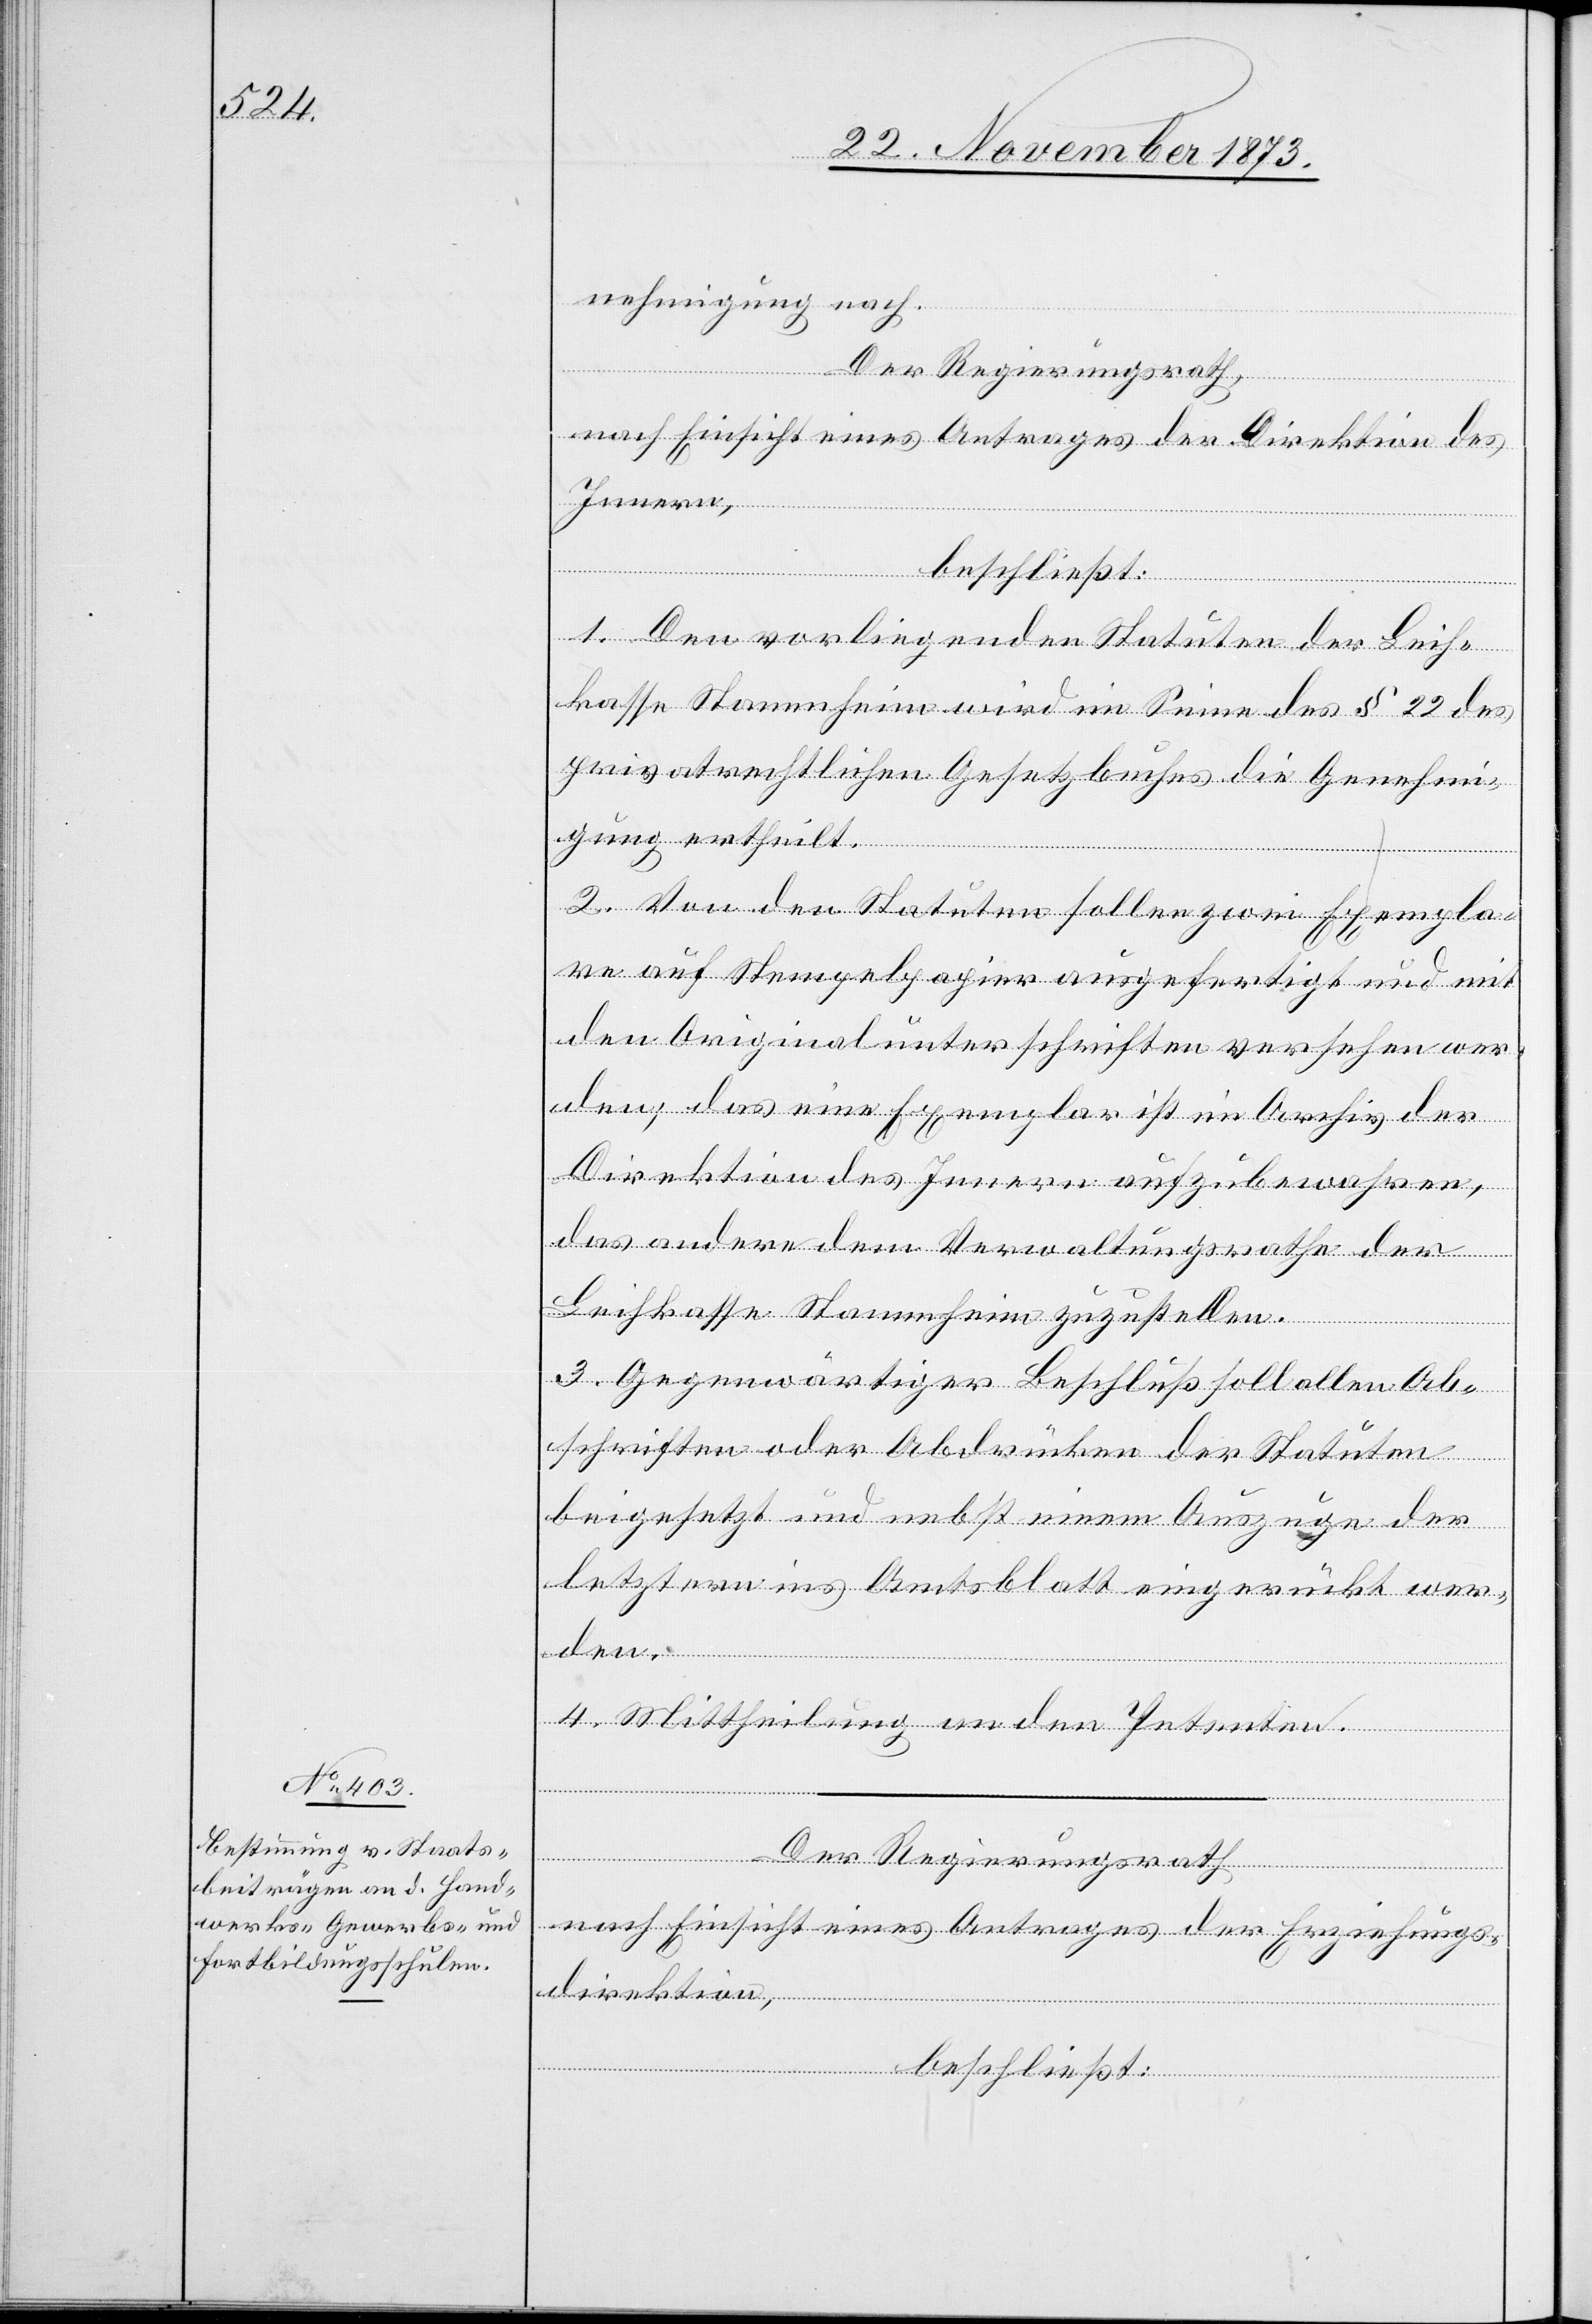
nehmigung nach.
Der Regierungsrath
nach Einsicht eines Antrages der Direktion des
Innern,
beschließt:
1. Den vorliegenden Statuten der Leih¬
kasse Stammheim wird im Sinne des § 22 des
privatrechtlichen Gesetzbuches die Genehmi¬
gung ertheilt.
2. Von den Statuten sollen zwei Exempla¬
re auf Stempelpapier ausgefertigt und mit
den Originalunterschriften versehen wer¬
den; das eine Exemplar ist im Archiv der
Direktion des Innern aufzubewahren,
das andere dem Verwaltungsrathe der
Leihkasse Stammheim zuzustellen.
3. Gegenwärtiger Beschluß soll allen Ab¬
schriften oder Abdrücken der Statuten
beigesetzt und nebst einem Auszuge der
letztern ins Amtsblatt eingerückt wer¬
4. Mittheilung an den Petenten.
nach Einsicht eines Antrages der Erziehungs¬
direktion,
den.